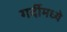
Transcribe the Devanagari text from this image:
गर्दीमध्ये